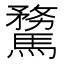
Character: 𩥦